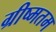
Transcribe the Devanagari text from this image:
ग्रीष्मतम